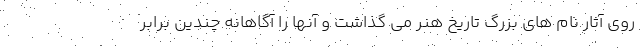
روی آثار نام های بزرگ تاریخ هنر می گذاشت و آنها را آگاهانه چندین برابر